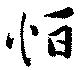
恒